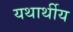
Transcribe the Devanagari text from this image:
यथार्थीय